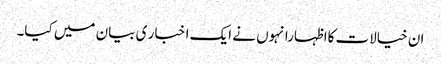
ان خیالات کااظہارانہوں نے ایک ا خبا ر ی بیان میں کیا۔